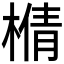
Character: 𰘍